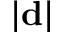
| \mathbf d |